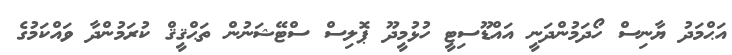
އަޙްމަދު ޔާނިސް ހޯދަމުންދަނީ އައްޑޫސިޓީ ހުޅުމީދޫ ޕޮލިސް ސްޓޭޝަނުން ތަޙްޤީޤް ކުރަމުންދާ ވައްކަމުގެ